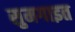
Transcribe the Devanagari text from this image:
सुमगाइत